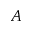
A